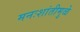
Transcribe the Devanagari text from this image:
मनःशांतीमुळे